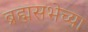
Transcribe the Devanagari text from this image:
ब्रह्मसभेच्या